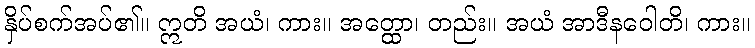
နှိပ်စက်အပ်၏။ ဣတိ အယံ၊ ကား။ အတ္ထော၊ တည်း။ အယံ အာဒီနဝေါတိ၊ ကား။